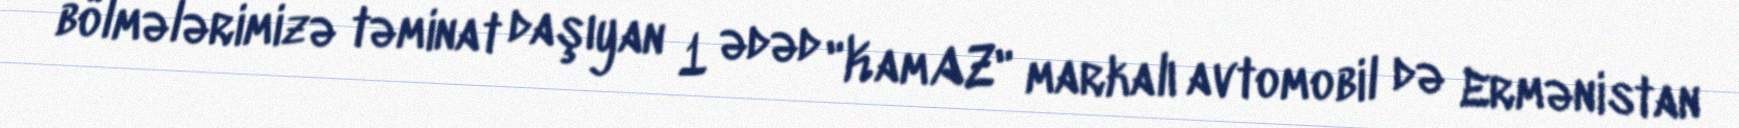
bölmələrimizə təminat daşıyan 1 ədəd "KamAZ" markalı avtomobil də Ermənistan